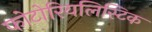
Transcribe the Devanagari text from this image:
फोटोरियलिस्टिक